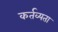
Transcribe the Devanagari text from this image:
कर्तव्यता